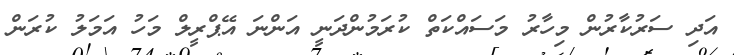
އަދި ސަރުކާރުން މިހާރު މަސައްކަތް ކުރަމުންދަނީ އަންނަ އޭޕްރީލް މަހު އަމަލު ކުރަން